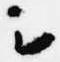
云